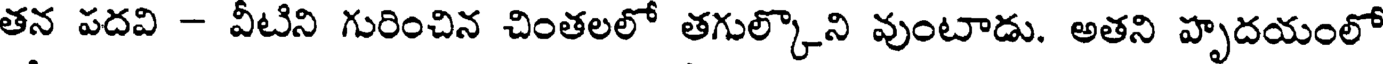
తన పదవి - వీటిని గురించిన చింతలలో తగుల్కొని వుంటాడు. అతని హృదయంలో